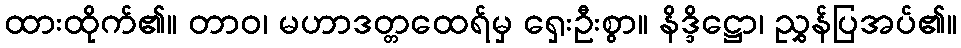
ထားထိုက်၏။ တာဝ၊ မဟာဒတ္တထေရ်မှ ရှေးဦးစွာ။ နိဒ္ဒိဋ္ဌော၊ ညွှန်ပြအပ်၏။